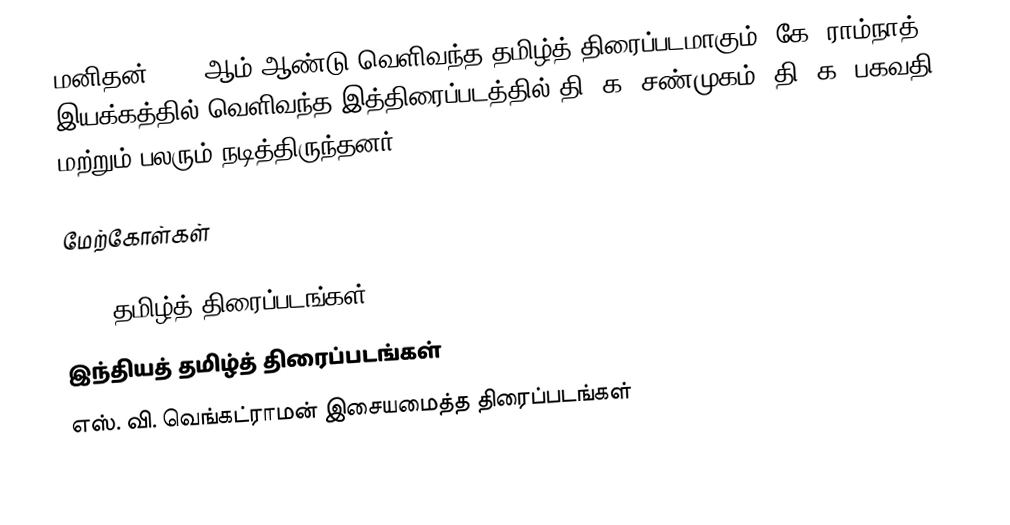
மனிதன் 1953 ஆம் ஆண்டு வெளிவந்த தமிழ்த் திரைப்படமாகும். கே. ராம்நாத் இயக்கத்தில் வெளிவந்த இத்திரைப்படத்தில் தி. க. சண்முகம், தி. க. பகவதி மற்றும் பலரும் நடித்திருந்தனர்.

மேற்கோள்கள்

1953 தமிழ்த் திரைப்படங்கள்
இந்தியத் தமிழ்த் திரைப்படங்கள்
எஸ். வி. வெங்கட்ராமன் இசையமைத்த திரைப்படங்கள்